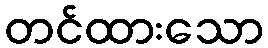
တင်ထားသော